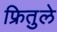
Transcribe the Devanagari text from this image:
फ्रितुले